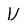
Character: V